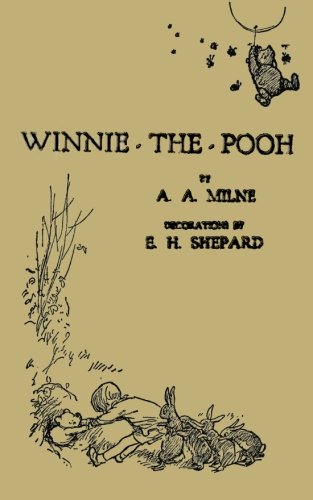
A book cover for Winnie-the-Pooh, the Original Version; A. A. Milne; Children's Books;